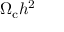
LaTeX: \Omega _ { \mathrm { c } } h ^ { 2 }